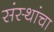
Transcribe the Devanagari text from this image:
संस्‍थांचा